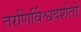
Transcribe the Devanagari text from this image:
तरणिर्विश्वदर्शतो